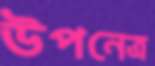
উপনেত্র